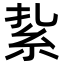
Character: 紥